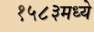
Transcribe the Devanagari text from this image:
१५८३मध्ये